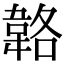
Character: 𩎬